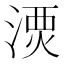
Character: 𣺗